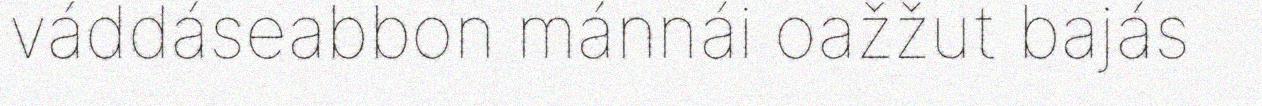
váddáseabbon mánnái oažžut bajás